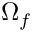
\Omega _ { f }